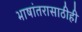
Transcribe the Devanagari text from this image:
भाषांतरासाठीही